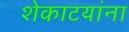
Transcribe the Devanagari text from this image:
शेकाटयांना